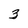
Character: 3